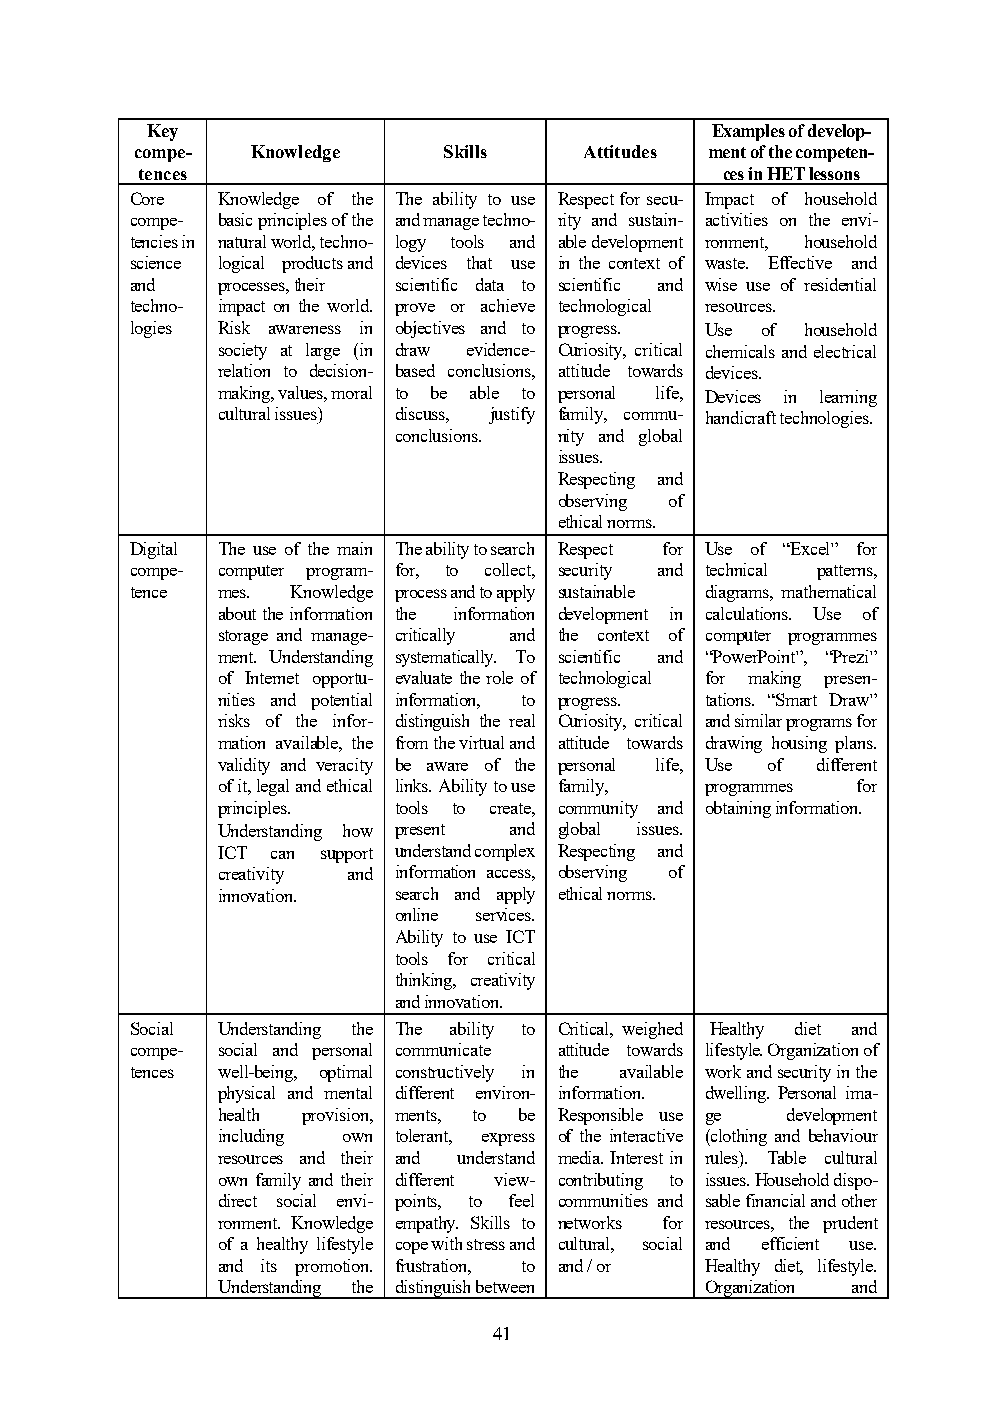
Key                                  Examples of develop-
 compe-  Knowledge   Skills    Attitudes ment of the competen-
 tences                                 ces in HET lessons
 Core Knowledge of the The ability to use Respect for secu- Impact of household
 compe- basic principles of the and manage techno- rity and sustain- activities on the envi-
 tencies in natural world, techno- logy tools and able development ronment, household
 science logical products and devices that use in the context of waste. Effective and
 and  processes, their scientific data to scientific and wise use of residential
 techno- impact on the world. prove or achieve technological resources.
 logies Risk awareness in objectives and to progress. Use of household
 society at large (in draw evidence- Curiosity, critical chemicals and electrical
 relation to decision- based conclusions, attitude towards devices.
 making, values, moral to be able to personal life, Devices in learning
 cultural issues) discuss, justify family, commu- handicraft technologies.
 conclusions. nity and global
 issues.
 Respecting and
 observing of
 ethical norms.
 Digital The use of the main The ability to search Respect for Use of “Excel” for
 compe- computer program- for, to collect, security and technical patterns,
 tence mes. Knowledge process and to apply sustainable diagrams, mathematical
 about the information the information development in calculations. Use of
 storage and manage- critically and the context of computer programmes
 ment. Understanding systematically. To scientific and “PowerPoint”, “Prezi”
 of Internet opportu- evaluate the role of technological for making presen-
 nities and potential information, to progress. tations. “Smart Draw”
 risks of the infor- distinguish the real Curiosity, critical and similar programs for
 mation available, the from the virtual and attitude towards drawing housing plans.
 validity and veracity be aware of the personal life, Use of different
 of it, legal and ethical links. Ability to use family, programmes for
 principles. tools to create, community and obtaining information.
 Understanding how present and global issues.
 ICT can support understand complex Respecting and
 creativity and information access, observing of
 innovation. search and apply ethical norms.
 online services.
 Ability to use ICT
 tools for critical
 thinking, creativity
 and innovation.
 Social Understanding the The ability to Critical, weighed Healthy diet and
 compe- social and personal communicate attitude towards lifestyle. Organization of
 tences well-being, optimal constructively in the available work and security in the
 physical and mental different environ- information. dwelling. Personal ima-
 health provision, ments, to be Responsible use ge development
 including own tolerant, express of the interactive (clothing and behaviour
 resources and their and understand media. Interest in rules). Table cultural
 own family and their different view- contributing to issues. Household dispo-
 direct social envi- points, to feel communities and sable financial and other
 ronment. Knowledge empathy. Skills to networks for resources, the prudent
 of a healthy lifestyle cope with stress and cultural, social and efficient use.
 and its promotion. frustration, to and / or Healthy diet, lifestyle.
 Understanding the distinguish between Organization and
 41